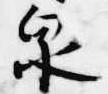
泉